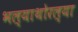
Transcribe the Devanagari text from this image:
भल्याथोरल्या